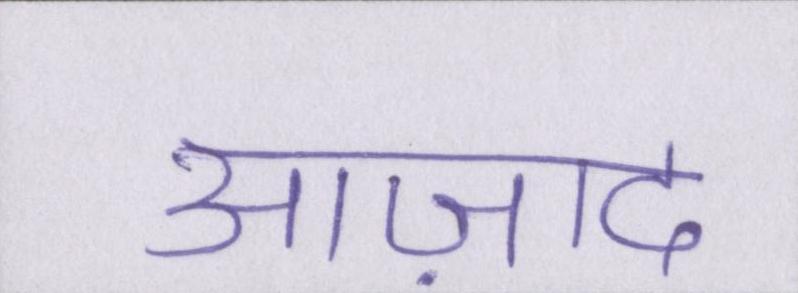
आज़ाद